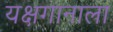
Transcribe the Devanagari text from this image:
यक्षगानाला